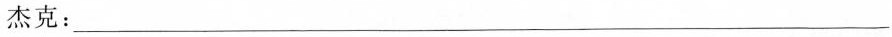
杰克：___